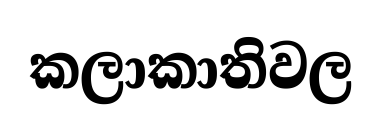
කලාකාතිවල